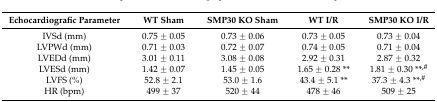
| Echocardiografic Parameter | WT Sham | SMP30 KO Sham | WT I/R | SMP30 KO I/R |
 | --- | --- | --- | --- | --- |
 | IVSd (mm) | 0.75 ± 0.05 | 0.73 ± 0.06 | 0.73 ± 0.05 | 0.73 ± 0.04 |
 | LVPWd (mm) | 0.71 ± 0.03 | 0.72 ± 0.07 | 0.74 ± 0.05 | 0.71 ± 0.04 |
 | LVEDd (mm) | 3.01 ± 0.11 | 3.08 ± 0.08 | 2.92 ± 0.31 | 2.87 ± 0.32 |
 | LVESd (mm) | 1.42 ± 0.07 | 1.45 ± 0.05 | 1.65 ± 0.28 ** | 1.81 ± 0.30 **,# |
 | LVFS (%) | 52.8 ± 2.1 | 53.0 ± 1.6 | 43.4 ± 5.1 ** | 37.3 ± 4.3 **,# |
 | HR (bpm) | 499 ± 37 | 520 ± 44 | 478 ± 46 | 509 ± 25 |